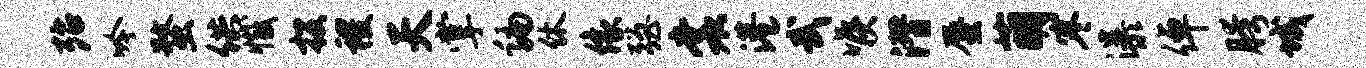
殆吟蝥供撼投稷天掌编休像强裳港武喉潜蜃萌寒瀑倬胯城